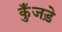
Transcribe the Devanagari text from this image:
कुँजड़े